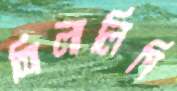
শিলালিপি